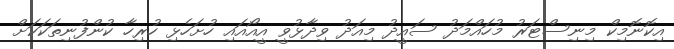
އިކޮނޮމިކް މިނިސްޓަރު މުހައްމަދު ސައީދު މިއަދު ވިދާޅުވީ އީއޯއައި ހުށަހެޅި ހުރިހާ ކުންފުނިތަކަކަށް